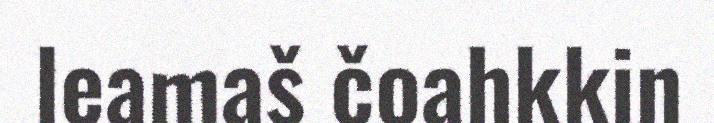
leamaš čoahkkin